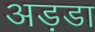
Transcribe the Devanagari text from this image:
अड़डा